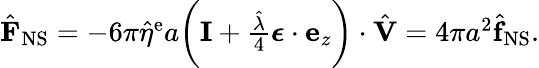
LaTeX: \begin{array}{r}{\hat{\mathbf{F}}_{\mathrm{NS}}=-6\pi\hat{\eta}^{\mathrm{e}}a\bigg(\mathbf{I}+\frac{\hat{\lambda}}{4}\boldsymbol{\epsilon}\cdot\mathbf{e}_{z}\bigg)\cdot\hat{\mathbf{V}}=4\pi a^{2}\hat{\mathbf{f}}_{\mathrm{NS}}.}\end{array}